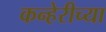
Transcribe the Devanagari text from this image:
कन्हेरीच्या